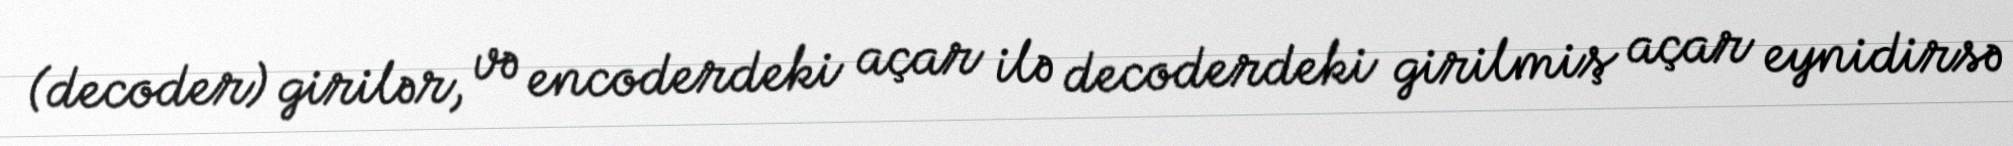
(decoder) girilər, və encoderdeki açar ilə decoderdeki girilmiş açar eynidirsə